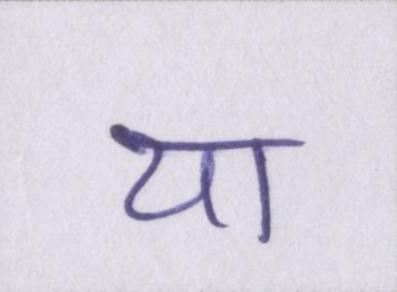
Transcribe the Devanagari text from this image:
या